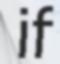
if